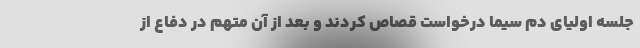
جلسه اولیای دم سیما درخواست قصاص کردند و بعد از آن متهم در دفاع از